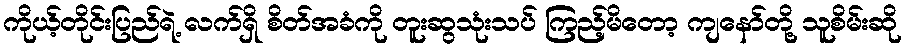
ကိုယ့်တိုင်းပြည်ရဲ့ လက်ရှိ စိတ်အခံကို တူးဆွသုံးသပ် ကြည့်မိတော့ ကျနော်တို့ သူစိမ်းဆို